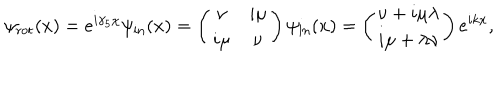
LaTeX: \psi _ { \mathrm { r o t } } ( x ) = e ^ { i \gamma _ { 5 } \chi } \psi _ { \mathrm { i n } } ( x ) = \left( \begin{matrix} { { \nu } } & { { i \mu } } \\ { { i \mu } } & { { \nu } } \\ \end{matrix} \right) \psi _ { \mathrm { i n } } ( x ) = \left( \begin{matrix} { { \nu + i \mu \lambda } } \\ { { i \mu + \lambda \nu } } \\ \end{matrix} \right) e ^ { i k x } ,